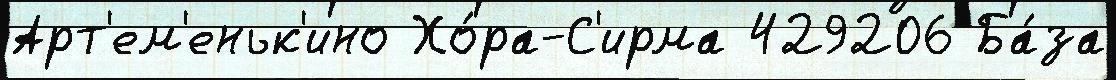
Арт'ем'еньк'ино Хо́ра-С'ирма 429206 Ба́за